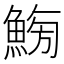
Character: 𩷸